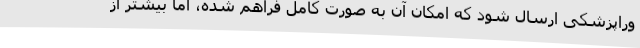
وراپزشکی ارسال شود که امکان آن به صورت کامل فراهم شده، اما بیشتر از